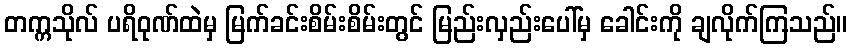
တက္ကသိုလ် ပရိဝုဏ်ထဲမှ မြက်ခင်းစိမ်းစိမ်းတွင် မြည်းလှည်းပေါ်မှ ခေါင်းကို ချလိုက်ကြသည်။